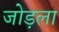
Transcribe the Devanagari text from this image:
जोड़ला